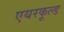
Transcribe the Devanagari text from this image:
एयरकूल्ड